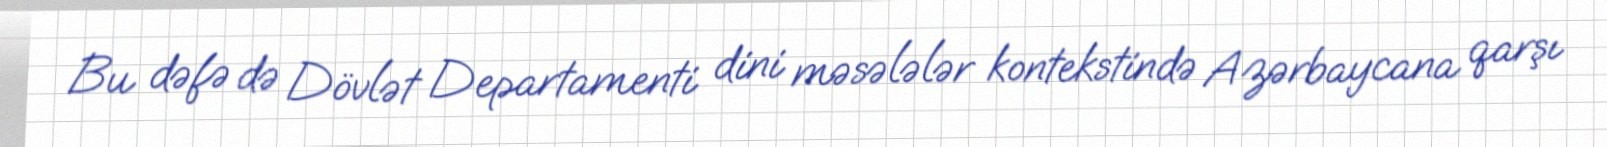
Bu dəfə də Dövlət Departamenti dini məsələlər kontekstində Azərbaycana qarşı